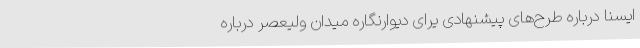
ایسنا درباره طرح‌های پیشنهادی یرای دیوارنگاره میدان ولیعصر درباره